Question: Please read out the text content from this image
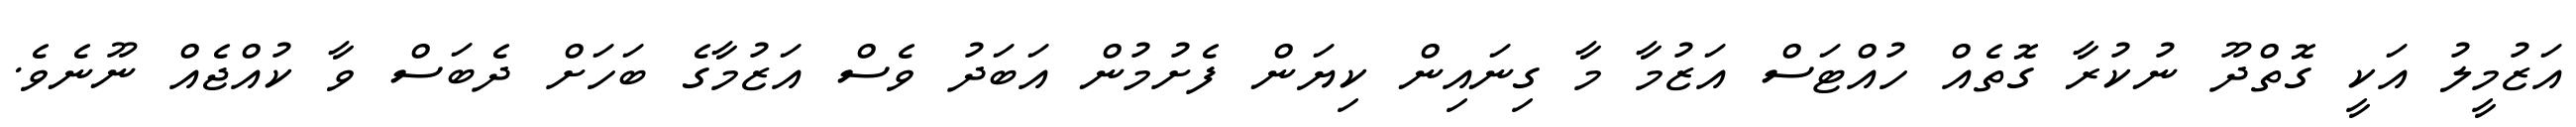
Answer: އަޒުމީލު އަކީ ގޮތްދޫ ނުކުރާ ގޮތެއް ހުއްޓަސް އަޒުމާ މާ ގިނައިން ކިޔަން ފެށުމުން އަބަދު ވެސް އަޒުމާގެ ބަހަށް ދެބަސް ވާ ކުއްޖެއް ނޫނެވެ.